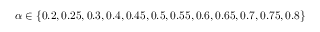
\alpha \in \{ 0 . 2 , 0 . 2 5 , 0 . 3 , 0 . 4 , 0 . 4 5 , 0 . 5 , 0 . 5 5 , 0 . 6 , 0 . 6 5 , 0 . 7 , 0 . 7 5 , 0 . 8 \}